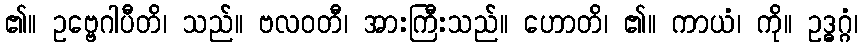
၏။ ဥဗ္ဗေဂါပီတိ၊ သည်။ ဗလဝတီ၊ အားကြီးသည်။ ဟောတိ၊ ၏။ ကာယံ၊ ကို။ ဥဒ္ဓဂ္ဂံ၊